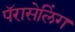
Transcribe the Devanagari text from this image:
पॅरासेलिंग